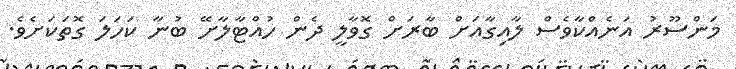
މަންސޫރު އަނެއްކާވެސް ލާއިގާއަށް ބާރަށް ގޮވާލީ ދެން ހުއްޓާލާށޭ ބުނާ ކަހަލަ ގޮތަކަށެވެ.